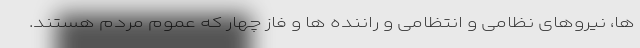
ها، نیروهای نظامی و انتظامی و راننده ها و فاز چهار که عموم مردم هستند.